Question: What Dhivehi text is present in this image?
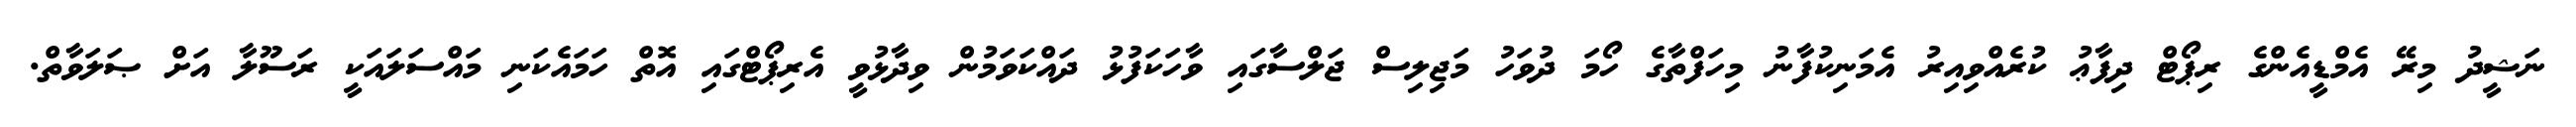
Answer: ނަޝީދު މިރޭ އެމްޑީއެންގެ ރިޕޯޓް ދިފާޢު ކުރެއްވިއިރު އެމަނިކުފާނު މިހަފްތާގެ ހޯމަ ދުވަހު މަޖިލިސް ޖަލްސާގައި ވާހަކަފުޅު ދައްކަވަމުން ވިދާޅުވީ އެރިޕޯޓްގައި އޮތް ހަމައެކަނި މައްސަލައަކީ ރަސޫލާ އަށް ޞަލަވާތް.